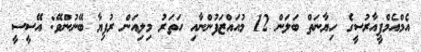
އެމްއެމްޕީއާރުސީގެ ހިޔާނަތް ބަލަން 12 މުއައްޒަފުންނާއި ހަތަރު މިލިއަން ރުފިޔާ ބޭނުންވޭ: އޭސީސީ